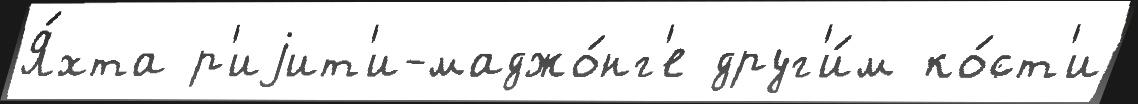
Я́хта р'иjит'и-маджо́нг'е друг'и́м ко́ст'и